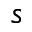
s